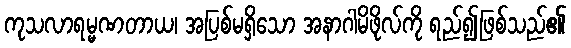
ကုသလာရမ္မဏတာယ၊ အပြစ်မရှိသော အနာဂါမိဖိုလ်ကို ရည်၍ဖြစ်သည်၏